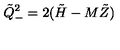
\tilde { Q } _ { - } ^ { 2 } = 2 ( \tilde { H } - M \tilde { Z } )